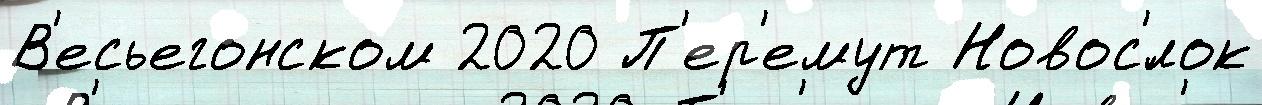
В'есьегонском 2020 П'ер'емут Новос'́лок